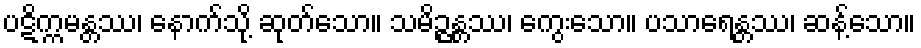
ပဋိက္ကမန္တဿ၊ နောက်သို့ ဆုတ်သော။ သမိဉ္ဇန္တဿ၊ ကွေးသော။ ပသာရေန္တဿ၊ ဆန့်သော။